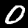
Digit: 0